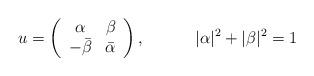
LaTeX: \begin{align*} u=\left(\begin{array}{cc} \alpha &\beta\\ -\bar{\beta} &\bar{\alpha} \end{array}\right) , \hspace{.5 in} |\alpha|^{2}+|\beta|^{2}=1\end{align*}